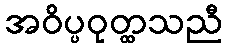
အဝိပ္ပဝုတ္ထသညီ